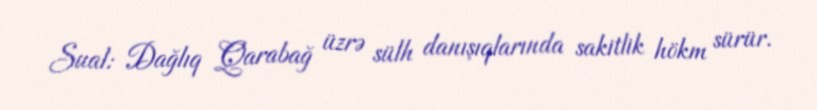
Sual: Dağlıq Qarabağ üzrə sülh danışıqlarında sakitlik hökm sürür.